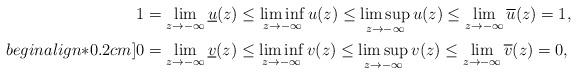
LaTeX: \begin{align*}&1=\lim_{z\rightarrow-\infty}\underline{u}(z)\leq\liminf_{z\rightarrow-\infty}u(z)\leq\limsup_{z\rightarrow-\infty}u(z)\leq\lim_{z\rightarrow-\infty}\overline{u}(z)=1,\\begin{align*}0.2cm]&0=\lim_{z\rightarrow-\infty}\underline{v}(z)\leq\liminf_{z\rightarrow-\infty}v(z)\leq\limsup_{z\rightarrow-\infty}v(z)\leq\lim_{z\rightarrow-\infty}\overline{v}(z)=0,\end{align*}